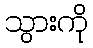
သွားကို